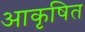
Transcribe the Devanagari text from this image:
आकृषित